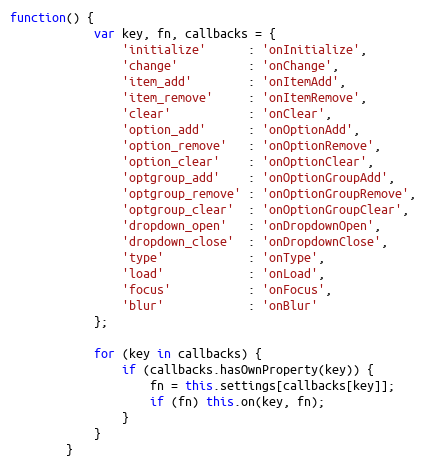
Language: JavaScript
function() {
			var key, fn, callbacks = {
				'initialize'      : 'onInitialize',
				'change'          : 'onChange',
				'item_add'        : 'onItemAdd',
				'item_remove'     : 'onItemRemove',
				'clear'           : 'onClear',
				'option_add'      : 'onOptionAdd',
				'option_remove'   : 'onOptionRemove',
				'option_clear'    : 'onOptionClear',
				'optgroup_add'    : 'onOptionGroupAdd',
				'optgroup_remove' : 'onOptionGroupRemove',
				'optgroup_clear'  : 'onOptionGroupClear',
				'dropdown_open'   : 'onDropdownOpen',
				'dropdown_close'  : 'onDropdownClose',
				'type'            : 'onType',
				'load'            : 'onLoad',
				'focus'           : 'onFocus',
				'blur'            : 'onBlur'
			};

			for (key in callbacks) {
				if (callbacks.hasOwnProperty(key)) {
					fn = this.settings[callbacks[key]];
					if (fn) this.on(key, fn);
				}
			}
		}